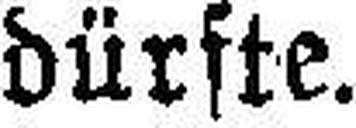
dürfte.